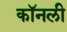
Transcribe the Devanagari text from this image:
कॉनली